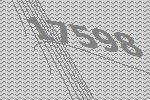
17598